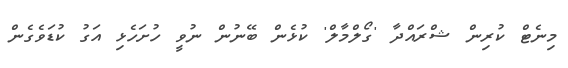
މިނެޓް ކުރިން ޝްރައްދާ 'ގޯލްމާލް' ކުޅެން ބޭނުން ނުވީ ހުށަހެޅި އަގު ކުޑަވެގެން